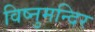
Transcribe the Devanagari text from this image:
विष्नुमन्दिर